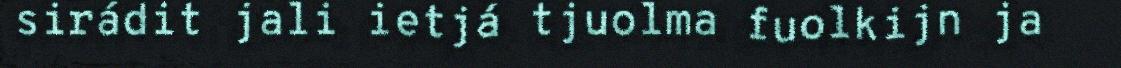
sirádit jali ietjá tjuolma fuolkijn ja